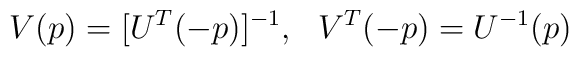
V(p)=[U^T(-p)]^{-1}, \ \ V^T(-p)=U^{-1}(p)